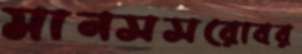
মানসসরোবর